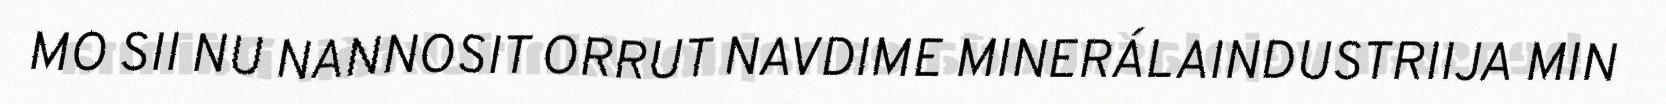
MO SII NU NANNOSIT ORRUT NAVDIME MINERÁLAINDUSTRIIJA MIN